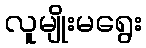
လူမျိုးမရွေး